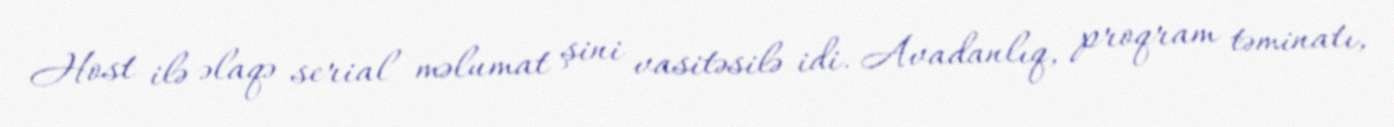
Host ilə əlaqə serial məlumat şini vasitəsilə idi. Avadanlıq, proqram təminatı,